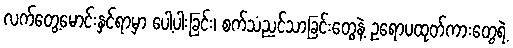
လက်တွေ့မောင်းနှင်ရာမှာ ပေါ့ပါးခြင်း၊ စက်သံညင်သာခြင်းတွေနဲ့ ဥရောပထုတ်ကားတွေရဲ့